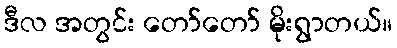
ဒီလ အတွင်း တော်တော် မိုးရွာတယ်။